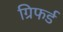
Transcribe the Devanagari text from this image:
ग्रिफर्ड